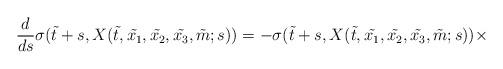
LaTeX: \begin{align*}\frac{d}{ds}\sigma(\tilde{t} +s, X (\tilde{t} , \tilde{x_1},\tilde{x_2}, \tilde{x_3}, \tilde{m}; s)) = - \sigma (\tilde{t} +s,X (\tilde{t} , \tilde{x_1}, \tilde{x_2}, \tilde{x_3}, \tilde{m}; s)) \times\end{align*}